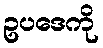
ဥပဒေကို